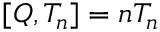
[ Q , T _ { n } ] = n T _ { n }